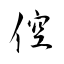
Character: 倥